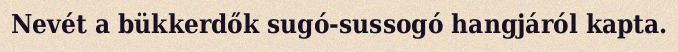
Nevét a bükkerdők sugó-sussogó hangjáról kapta.